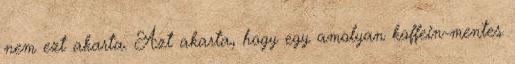
nem ezt akarta. Azt akarta, hogy egy amolyan koffein-mentes